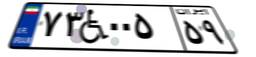
۷۳W۰۰۵۵۹